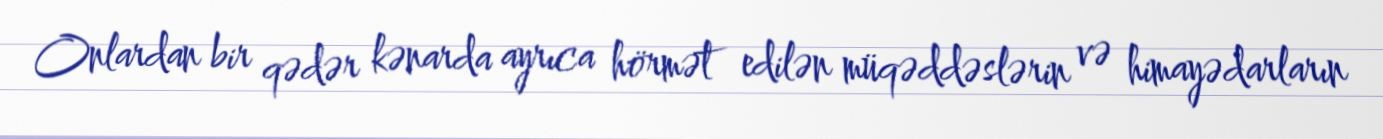
Onlardan bir qədər kənarda ayrıca hörmət edilən müqəddəslərin və himayədarların